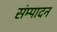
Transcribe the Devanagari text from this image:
संम्पादन